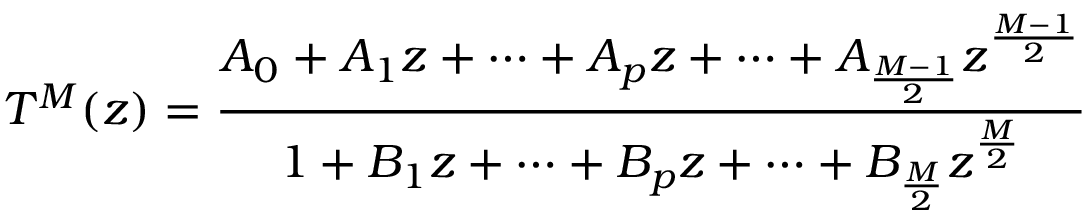
T ^ { M } ( z ) = \frac { A _ { 0 } + A _ { 1 } z + \cdots + A _ { p } z + \cdots + A _ { \frac { M - 1 } { 2 } } z ^ { \frac { M - 1 } { 2 } } } { 1 + B _ { 1 } z + \cdots + B _ { p } z + \cdots + B _ { \frac { M } { 2 } } z ^ { \frac { M } { 2 } } }